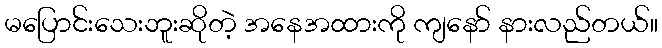
မပြောင်းသေးဘူးဆိုတဲ့ အနေအထားကို ကျနော် နားလည်တယ်။